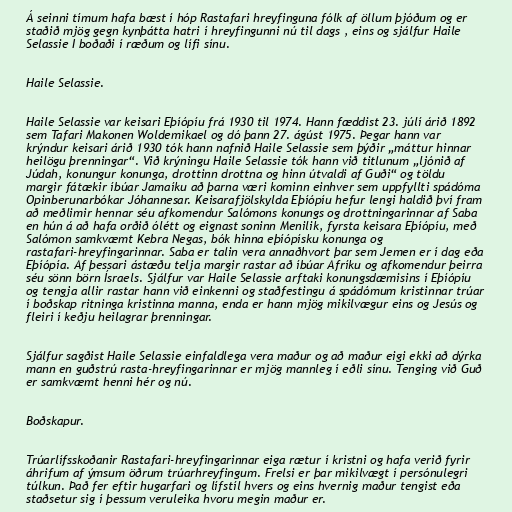
Á seinni tímum hafa bæst í hóp Rastafari hreyfinguna fólk af öllum þjóðum og er
staðið mjög gegn kynþátta hatri í hreyfingunni nú til dags , eins og sjálfur Haile
Selassie I boðaði í ræðum og lífi sínu.

Haile Selassie.

Haile Selassie var keisari Eþíópíu frá 1930 til 1974. Hann fæddist 23. júlí árið 1892
sem Tafari Makonen Woldemikael og dó þann 27. ágúst 1975. Þegar hann var
krýndur keisari árið 1930 tók hann nafnið Haile Selassie sem þýðir „máttur hinnar
heilögu þrenningar“. Við krýningu Haile Selassie tók hann við titlunum „ljónið af
Júdah, konungur konunga, drottinn drottna og hinn útvaldi af Guði“ og töldu
margir fátækir íbúar Jamaíku að þarna væri kominn einhver sem uppfyllti spádóma
Opinberunarbókar Jóhannesar. Keisarafjölskylda Eþíópíu hefur lengi haldið því fram
að meðlimir hennar séu afkomendur Salómons konungs og drottningarinnar af Saba
en hún á að hafa orðið ólétt og eignast soninn Menilik, fyrsta keisara Eþíópíu, með
Salómon samkvæmt Kebra Negas, bók hinna eþíópísku konunga og
rastafari-hreyfingarinnar. Saba er talin vera annaðhvort þar sem Jemen er í dag eða
Eþíópía. Af þessari ástæðu telja margir rastar að íbúar Afríku og afkomendur þeirra
séu sönn börn Ísraels. Sjálfur var Haile Selassie arftaki konungsdæmisins í Eþíópíu
og tengja allir rastar hann við einkenni og staðfestingu á spádómum kristinnar trúar
í boðskap ritninga kristinna manna, enda er hann mjög mikilvægur eins og Jesús og
fleiri í keðju heilagrar þrenningar.

Sjálfur sagðist Haile Selassie einfaldlega vera maður og að maður eigi ekki að dýrka
mann en guðstrú rasta-hreyfingarinnar er mjög mannleg í eðli sínu. Tenging við Guð
er samkvæmt henni hér og nú.

Boðskapur.

Trúarlífsskoðanir Rastafari-hreyfingarinnar eiga rætur í kristni og hafa verið fyrir
áhrifum af ýmsum öðrum trúarhreyfingum. Frelsi er þar mikilvægt í persónulegri
túlkun. Það fer eftir hugarfari og lífstíl hvers og eins hvernig maður tengist eða
staðsetur sig í þessum veruleika hvoru megin maður er.